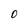
Character: O